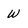
Character: W